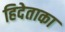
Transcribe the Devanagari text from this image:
हिदेताका